Document type: bank_statement
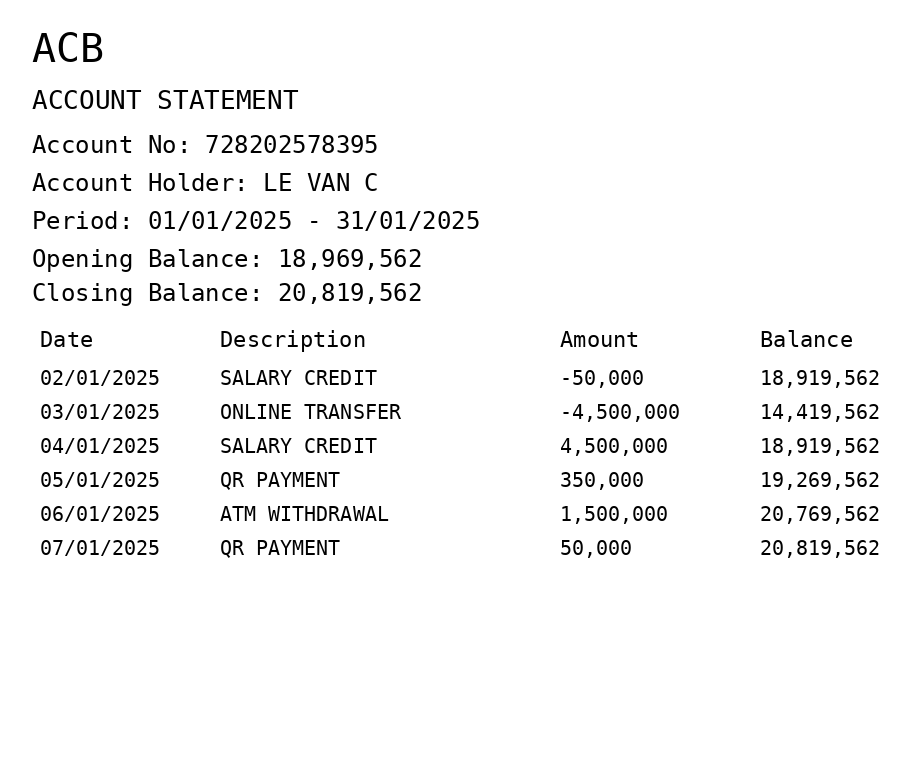
OCR transcript:
ACB
ACCOUNT STATEMENT
Account No: 728202578395
Account Holder: LE VAN C
Period: 01/01/2025 - 31/01/2025
Opening Balance: 18,969,562
Closing Balance: 20,819,562
Date
Description
Amount
Balance
02/01/2025
SALARY CREDIT
-50,000
18,919,562
03/01/2025
ONLINE TRANSFER
-4,500,000
14,419,562
04/01/2025
SALARY CREDIT
4,500,000
18,919,562
05/01/2025
QR PAYMENT
350,000
19,269,562
06/01/2025
ATM WITHDRAWAL
1,500,000
20,769,562
07/01/2025
QR PAYMENT
50,000
20,819,562
Extracted fields:
bank_name: acb
account_number: 728202578395
account_holder: le van c
statement_period: 01/01/2025 - 31/01/2025
opening_balance: 18969562
closing_balance: 20819562
transactions: date: 2025-01-02
description: salary credit
amount: -50000
balance: 18919562
date: 2025-01-03
description: online transfer
amount: -4500000
balance: 14419562
date: 2025-01-04
description: salary credit
amount: 4500000
balance: 18919562
date: 2025-01-05
description: qr payment
amount: 350000
balance: 19269562
date: 2025-01-06
description: atm withdrawal
amount: 1500000
balance: 20769562
date: 2025-01-07
description: qr payment
amount: 50000
balance: 20819562